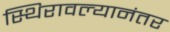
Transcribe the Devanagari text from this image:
स्थिरावल्यानंतर